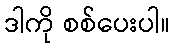
ဒါကို စစ်ပေးပါ။